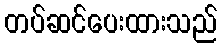
တပ်ဆင်ပေးထားသည်